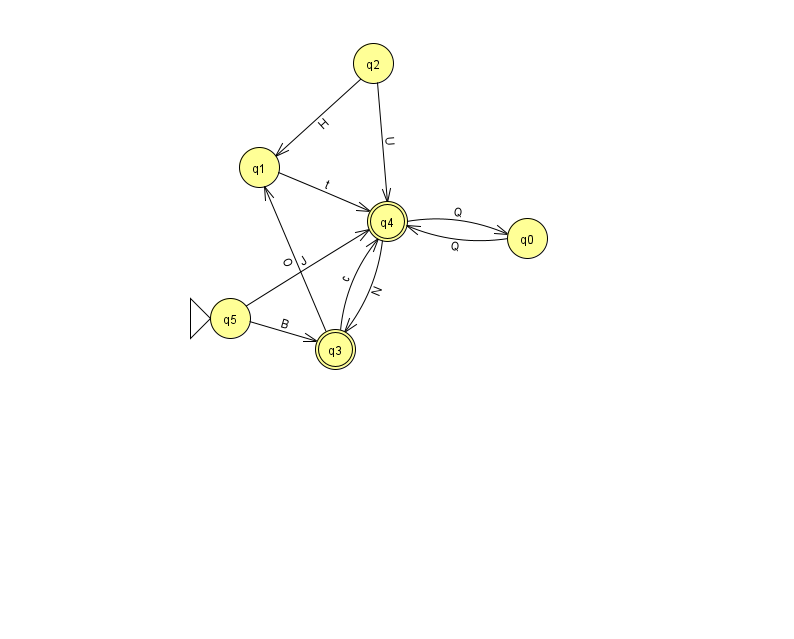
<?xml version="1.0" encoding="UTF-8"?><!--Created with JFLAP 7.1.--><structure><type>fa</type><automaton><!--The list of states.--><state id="0" name="q0"><x>527.0</x><y>225.0</y></state><state id="1" name="q1"><x>259.0</x><y>154.0</y></state><state id="2" name="q2"><x>373.0</x><y>50.0</y></state><state id="3" name="q3"><x>335.0</x><y>336.0</y><final/></state><state id="4" name="q4"><x>387.0</x><y>208.0</y><final/></state><state id="5" name="q5"><x>230.0</x><y>305.0</y><initial/></state><!--The list of transitions.--><transition><from>1</from><to>4</to><read>t</read></transition><transition><from>5</from><to>3</to><read>B</read></transition><transition><from>0</from><to>4</to><read>Q</read></transition><transition><from>2</from><to>1</to><read>H</read></transition><transition><from>4</from><to>0</to><read>Q</read></transition><transition><from>4</from><to>3</to><read>N</read></transition><transition><from>3</from><to>1</to><read>O</read></transition><transition><from>5</from><to>4</to><read>J</read></transition><transition><from>2</from><to>4</to><read>U</read></transition><transition><from>3</from><to>4</to><read>c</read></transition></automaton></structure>